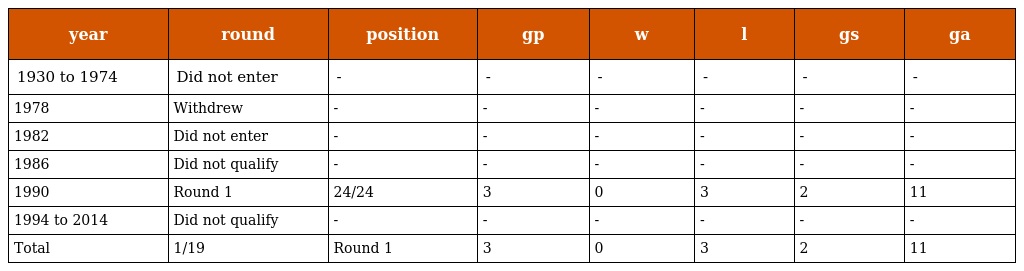
| year | round | position | gp | w | l | gs | ga |
 | --- | --- | --- | --- | --- | --- | --- | --- |
 | 1930 to 1974 | Did not enter | - | - | - | - | - | - |
 | 1978 | Withdrew | - | - | - | - | - | - |
 | 1982 | Did not enter | - | - | - | - | - | - |
 | 1986 | Did not qualify | - | - | - | - | - | - |
 | 1990 | Round 1 | 24/24 | 3 | 0 | 3 | 2 | 11 |
 | 1994 to 2014 | Did not qualify | - | - | - | - | - | - |
 | Total | 1/19 | Round 1 | 3 | 0 | 3 | 2 | 11 |